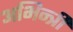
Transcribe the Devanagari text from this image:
अभिन्त्री